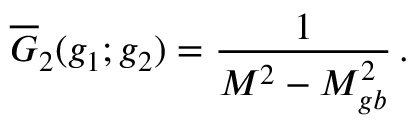
\overline { { G } } _ { 2 } ( g _ { 1 } ; g _ { 2 } ) = { \frac { 1 } { M ^ { 2 } - M _ { g b } ^ { 2 } } } \, .